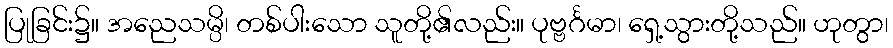
ပြုခြင်း၌။ အညေသမ္ပိ၊ တစ်ပါးသော သူတို့၏လည်း။ ပုဗ္ဗင်္ဂမာ၊ ရှေ့သွားတို့သည်။ ဟုတွာ၊